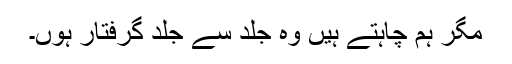
مگر ہم چاہتے ہیں وہ جلد سے جلد گرفتار ہوں۔